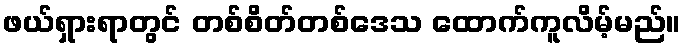
ဖယ်ရှားရာတွင် တစ်စိတ်တစ်ဒေသ ထောက်ကူလိမ့်မည်။